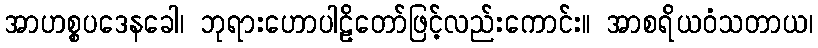
အာဟစ္စပဒေနခေါ၊ ဘုရားဟောပါဠိတော်ဖြင့်လည်းကောင်း။ အာစရိယဝံသတာယ၊